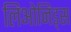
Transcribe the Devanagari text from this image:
लिओनिड्‌स